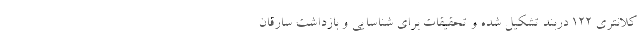
کلانتری 122 دربند تشکیل شده و تحقیقات برای شناسایی و بازداشت سارقان